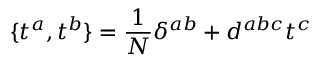
\{ t ^ { a } , t ^ { b } \} = { \frac { 1 } { N } } \delta ^ { a b } + d ^ { a b c } t ^ { c }